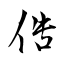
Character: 俈